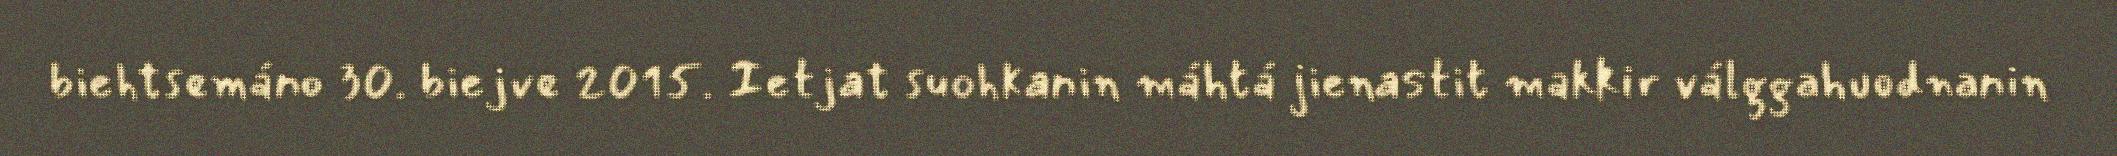
biehtsemáno 30. biejve 2015. Ietjat suohkanin máhtá jienastit makkir válggahuodnanin